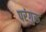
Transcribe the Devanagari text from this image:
परंगुरू